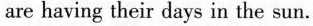
are having their days in the sun.